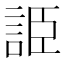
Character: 𧧰